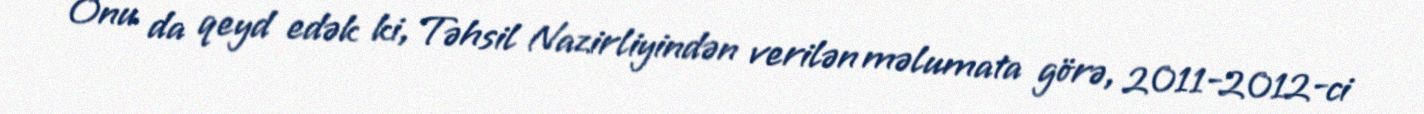
Onu da qeyd edək ki, Təhsil Nazirliyindən verilən məlumata görə, 2011-2012-ci